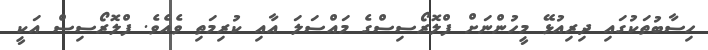
ހިސާބުތަކުގައި ދިރިއުޅޭ މީހުންނަށް ފްލޮރޯސިސްގެ މައްސަލަ އާއި ކުރިމަތި ވެއެވެ. ފްލޮރޯސިސް އަކީ